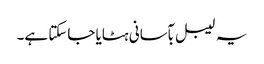
یہ لیبل بآسانی ہٹایا جاسکتا ہے۔